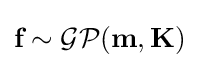
{\textbf {f}}\sim {\mathcal {GP}}({\textbf {m}},{\textbf {K}})